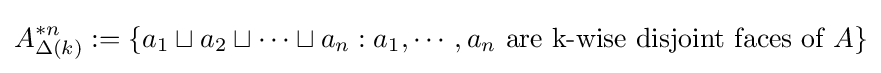
A_{\Delta (k)}^{*n}:=\{a_{1}\sqcup a_{2}\sqcup \cdots \sqcup a_{n}:a_{1},\cdots ,a_{n}{\text{ are k-wise disjoint faces of }}A\}